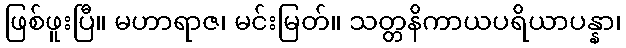
ဖြစ်ဖူးပြီ။ မဟာရာဇ၊ မင်းမြတ်။ သတ္တနိကာယပရိယာပန္နာ၊